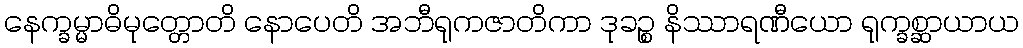
နေက္ခမ္မာဓိမုတ္တောတိ နောပေတိ အဘီရုကဇာတိကာ ဒုခဉ္စ နိဿာရဏီယော ရုက္ခစ္ဆာယာယ